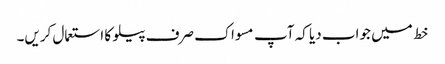
خط میں جواب دیا کہ آپ مسواک صرف پیلو کا استعمال کریں۔